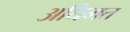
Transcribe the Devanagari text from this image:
अधिमत